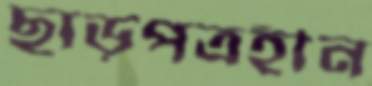
ছাড়পত্রহীন